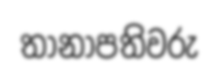
තානාපතිවරු